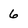
Character: 6